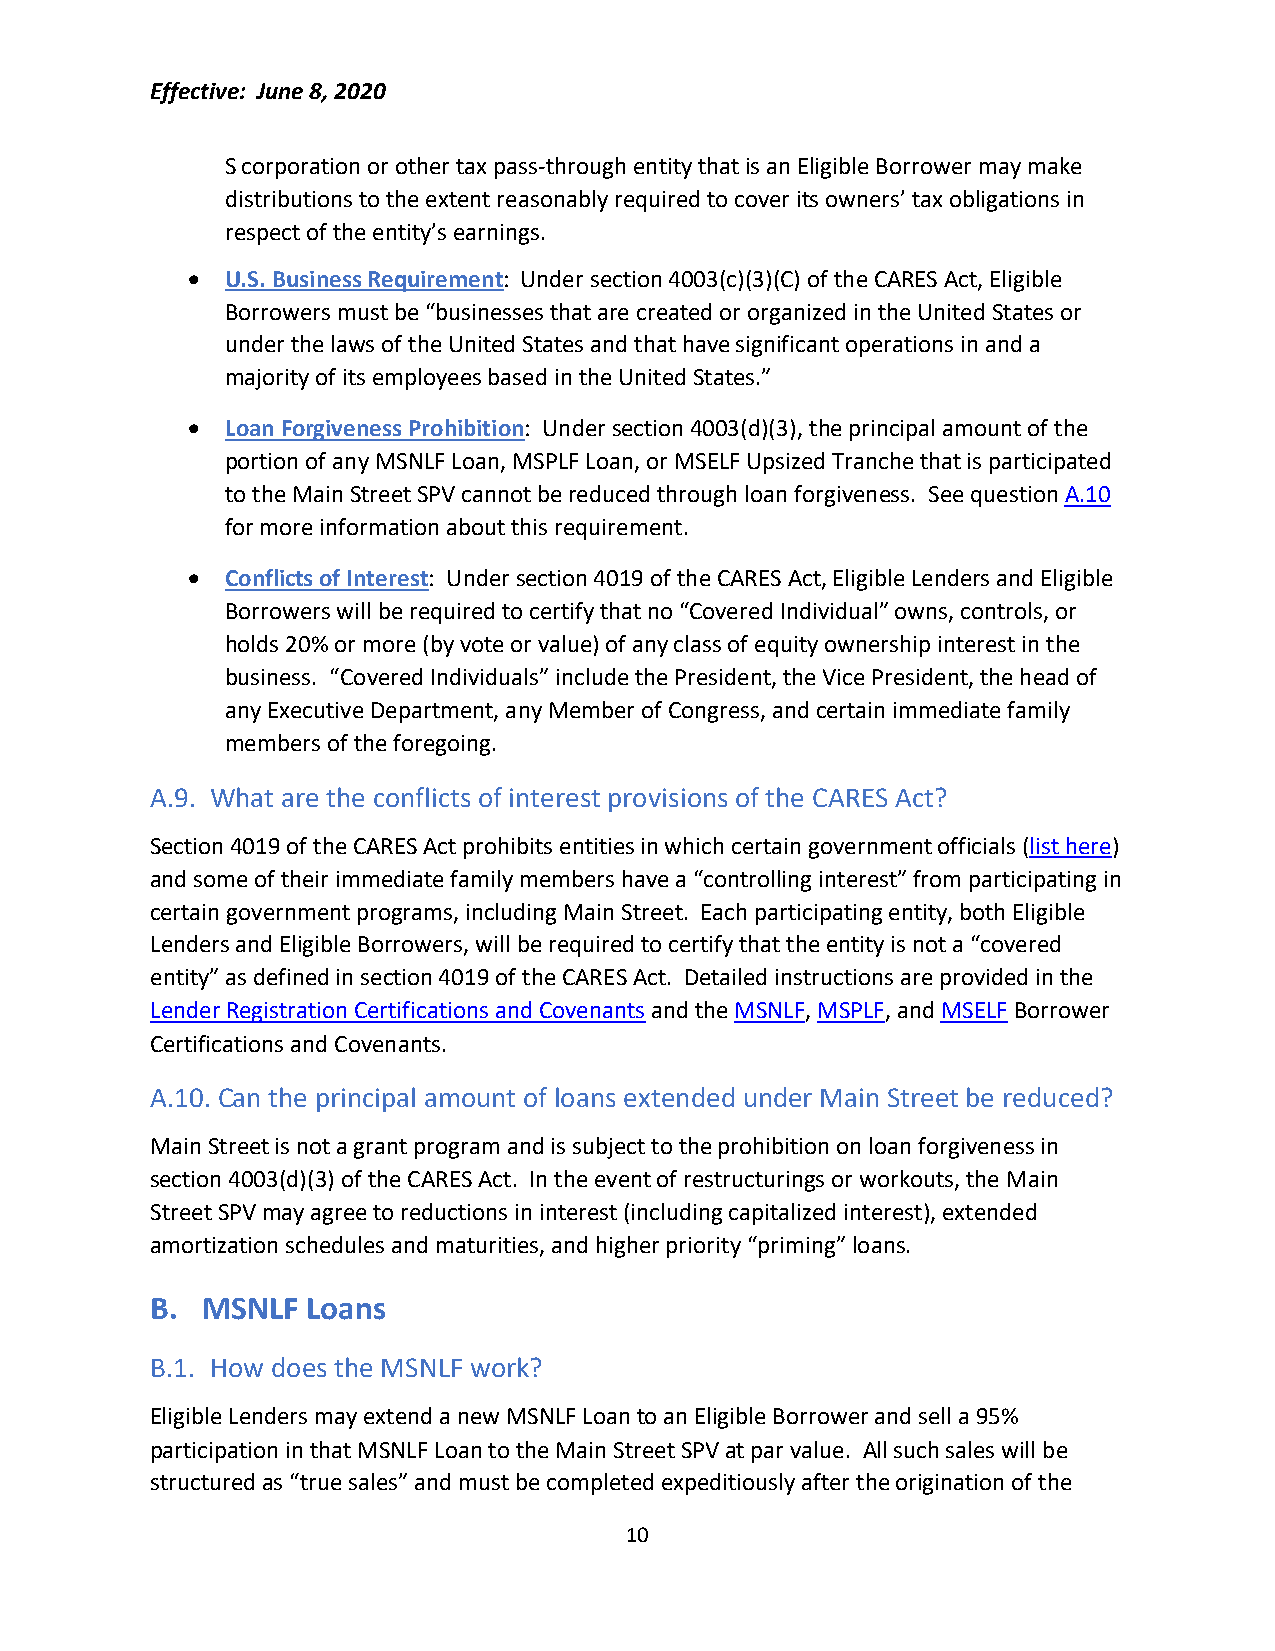
Effective: June 8, 2020
 S corporation or other tax pass-through entity that is an Eligible Borrower may make
 distributions to the extent reasonably required to cover its owners’ tax obligations in
 respect of the entity’s earnings.
 •  U.S. Business Requirement: Under section 4003(c)(3)(C) of the CARES Act, Eligible
 Borrowers must be “businesses that are created or organized in the United States or
 under the laws of the United States and that have significant operations in and a
 majority of its employees based in the United States.”
 •  Loan Forgiveness Prohibition: Under section 4003(d)(3), the principal amount of the
 portion of any MSNLF Loan, MSPLF Loan, or MSELF Upsized Tranche that is participated
 to the Main Street SPV cannot be reduced through loan forgiveness. See question A.10
 for more information about this requirement.
 •  Conflicts of Interest: Under section 4019 of the CARES Act, Eligible Lenders and Eligible
 Borrowers will be required to certify that no “Covered Individual” owns, controls, or
 holds 20% or more (by vote or value) of any class of equity ownership interest in the
 business. “Covered Individuals” include the President, the Vice President, the head of
 any Executive Department, any Member of Congress, and certain immediate family
 members of the foregoing.
 A.9. What are the conflicts of interest provisions of the CARES Act?
 Section 4019 of the CARES Act prohibits entities in which certain government officials (list here)
 and some of their immediate family members have a “controlling interest” from participating in
 certain government programs, including Main Street. Each participating entity, both Eligible
 Lenders and Eligible Borrowers, will be required to certify that the entity is not a “covered
 entity” as defined in section 4019 of the CARES Act. Detailed instructions are provided in the
 Lender Registration Certifications and Covenants and the MSNLF, MSPLF, and MSELF Borrower
 Certifications and Covenants.
 A.10. Can the principal amount of loans extended under Main Street be reduced?
 Main Street is not a grant program and is subject to the prohibition on loan forgiveness in
 section 4003(d)(3) of the CARES Act. In the event of restructurings or workouts, the Main
 Street SPV may agree to reductions in interest (including capitalized interest), extended
 amortization schedules and maturities, and higher priority “priming” loans.
 B. MSNLF  Loans
 B.1. How does the MSNLF work?
 Eligible Lenders may extend a new MSNLF Loan to an Eligible Borrower and sell a 95%
 participation in that MSNLF Loan to the Main Street SPV at par value. All such sales will be
 structured as “true sales” and must be completed expeditiously after the origination of the
 10